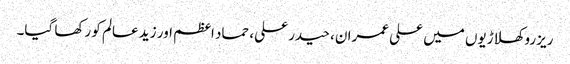
ریزرو کھلاڑیوں میں علی عمران، حیدر علی، حماد اعظم اور زید عالم کو رکھا گیا۔